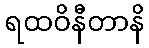
ရထဝိနီတာနိ